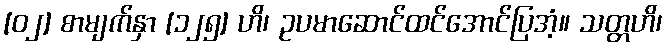
[၀၂] စာမျက်နှာ [၁၂၅] ဟိ၊ ဥပမာဆောင်ထင်အောင်ပြအံ့။ သတ္တဟိ၊